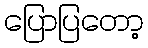
ပြောပြတော့